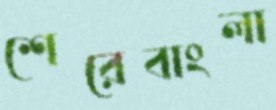
শেরেবাংলা